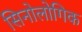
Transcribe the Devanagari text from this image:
सिनोलोगिक